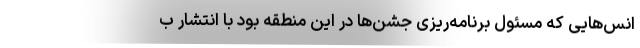
انس‌هایی که مسئول برنامه‌ریزی جشن‌ها در این منطقه بود با انتشار ب